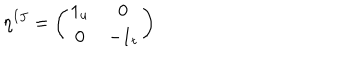
\eta ^ { I J } = \left( \begin{array} { c c } { { 1 _ { u } } } & { { 0 } } \\ { { 0 } } & { { - 1 _ { t } } } \\ \end{array} \right)